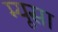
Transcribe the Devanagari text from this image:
म्यूसा